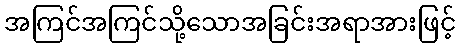
အကြင်အကြင်သို့သောအခြင်းအရာအားဖြင့်